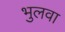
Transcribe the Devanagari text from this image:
भुलवा